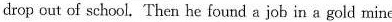
drop out of school. Then he found a job in a gold mine